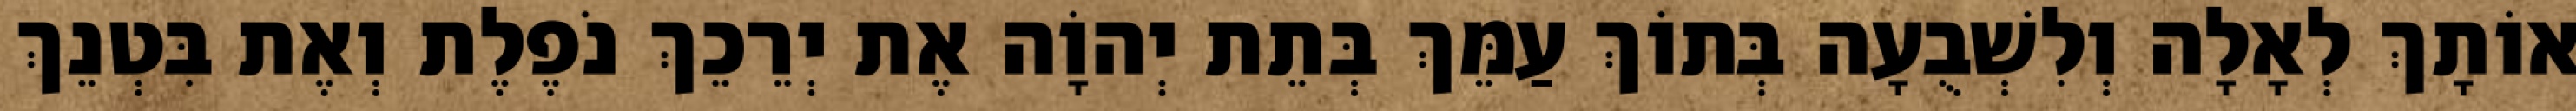
אוֹתָךְ לְאָלָה וְלִשְׁבֻעָה בְּתוֹךְ עַמֵּךְ בְּתֵת יְהוָֹה אֶת יְרֵכֵךְ נֹפֶלֶת וְאֶת בִּטְנֵךְ